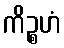
ကိဉ္စဟံ